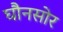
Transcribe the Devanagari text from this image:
घौनसोर